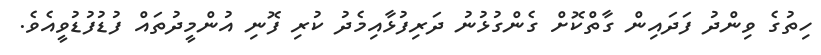
ހިތުގެ ވިންދު ފަދައިން ގާތްކޮށް ގެންގުޅުނު ދަރިފުޅާއިމެދު ކުރި ފޮނި އުންމީދުތައް ފުޑުފުޑުވީއެވެ.